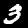
Digit: 3